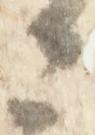
々